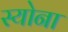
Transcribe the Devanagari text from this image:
स्योना